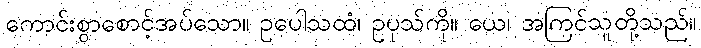
ကောင်းစွာစောင့်အပ်သော။ ဥပေါသထံ၊ ဥပုသ်ကို။ ယေ၊ အကြင်သူတို့သည်။